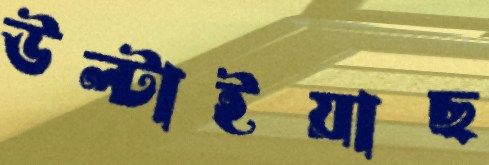
উল্‌টাইয়াছ